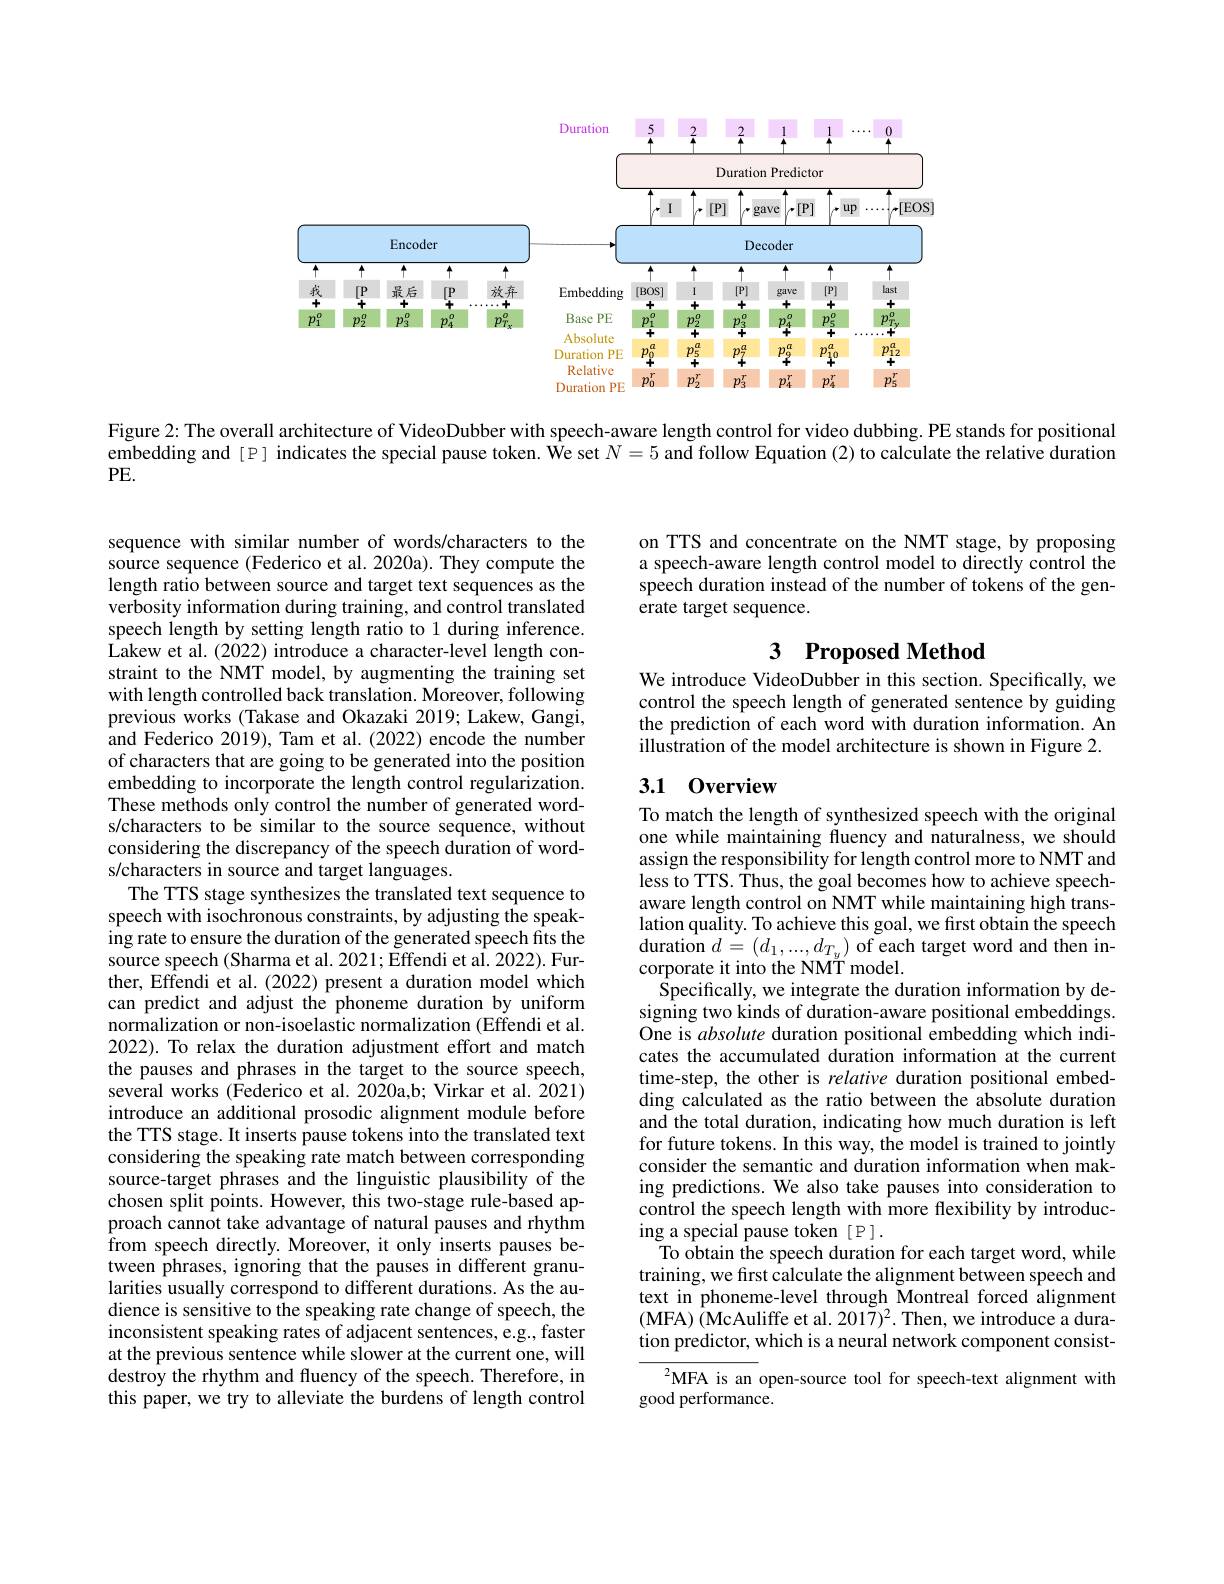
<FigureHere>

Figure 2: The overall architecture of VideoDubber with speech-aware length control for video dubbing. PE stands for positional

embedding and [P] indicates the special pause token. We set $N=5$ and follow Equation (2) to calculate the relative duration

$PE.$

on TTS and concentrate on the NMT stage, by proposing a speech-aware length control model to directly control the speech duration instead of the number of tokens of the generate target sequence.

## 3 Proposed Method

We introduce VideoDubber in this section. Specifically, we control the speech length of generated sentence by guiding the prediction of each word with duration information. An illustration of the model architecture is shown in Figure 2.

## 3.1 0verview

sequence with similar number of words/characters to the source sequence (Federico et al. 2020a). They compute the length ratio between source and target text sequences as the verbosity information during training, and control translated speech length by setting length ratio to 1 during inference. Lakew et al. (2022) introduce a character-level length constraint to the NMT model, by augmenting the training set with length controlled back translation. Moreover, following previous works (Takase and Okazaki 2019; Lakew, Gangi, and Federico 2019), Tam et al.(2022) encode the number of characters that are going to be generated into the position embedding to incorporate the length control regularization. These methods only control the number of generated words/characters to be similar to the source sequence, without considering the discrepancy of the speech duration of words/characters in source and target languages.
The TTS stage synthesizes the translated text sequence to speech with isochronous constraints, by adjusting the speaking rate to ensure the duration of the generated speech fits the source speech (Sharma et al. 2021; Effendi et al. 2022). Further, Effendi et al.(2022) present a duration model which can predict and adjust the phoneme duration by uniform normalization or non-isoelastic normalization (Effendi et al. 2022). To relax the duration adjustment effort and match the pauses and phrases in the target to the source speech, $\hat{\text{several works (Federico et al.2020a,b; Virkar et al.2021)}}$ introduce an additional prosodic alignment module before the TTS stage. It inserts pause tokens into the translated text considering the speaking rate match between corresponding source-target phrases and the linguistic plausibility of the chosen split points. However, this two-stage rule-based approach cannot take advantage of natural pauses and rhythm from speech directly. Moreover, it only inserts pauses between phrases, ignoring that the pauses in different granularities usually correspond to different durations. As the audience is sensitive to the speaking rate change of speech, the inconsistent speaking rates of adjacent sentences, e.g., faster at the previous sentence while slower at the current one, will destroy the rhythm and fluency of the speech. Therefore, in this paper, we try to alleviate the burdens of length control

To match the length of synthesized speech with the original one while maintaining fluency and naturalness, we should assign the responsibility for length control more to NMT and less to TTS. Thus, the goal becomes how to achieve speechaware length control on NMT while maintaining high translation quality. To achieve this goal, we first obtain the speech ${\mathrm{duration~}d=(d_{1},...,d_{T_{y}}){\mathrm{~of~each~target~word~and~then~in-}}}$ corporate it into the NMT model.
Specifically, we integrate the duration information by designing two kinds of duration-aware positional embeddings. One is absolute duration positional embedding which indicates the accumulated duration information at the current time-step, the other is relative duration positional embedding calculated as the ratio between the absolute duration and the total duration, indicating how much duration is left for future tokens. In this way, the model is trained to jointly consider the semantic and duration information when making predictions. We also take pauses into consideration to control the speech length with more flexibility by introducing a special pause token [P].
To obtain the speech duration for each target word, while training, we first calculate the alignment between speech and text in phoneme-level through Montreal forced alignment (MFA) (McAuliffe et al. 2017)2. Then, we introduce a duration predictor, which is a neural network component consist-
$^{2}$MFA is an open-source tool for speech-text alignment with

good performance.